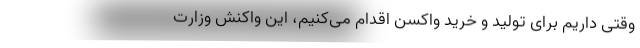
وقتی داریم برای تولید و خرید واکسن اقدام می‌کنیم، این واکنش وزارت